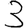
Digit: 3